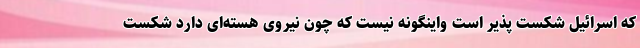
که اسرائیل شکست پذیر است واینگونه نیست که چون نیروی هسته‌ای دارد شکست